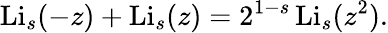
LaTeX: \operatorname{Li}_{s}(-z)+\operatorname{Li}_{s}(z)=2^{1-s}\operatorname{Li}_{s}(z^{2}).